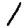
Digit: 1